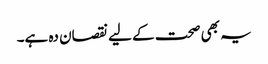
یہ بھی صحت کے لیے نقصان دہ ہے۔